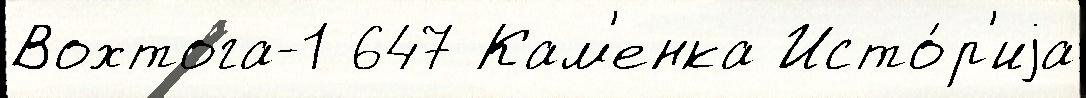
Вохтога-1 647 Кам'енка Исто́р'иjа